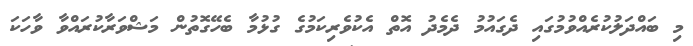
މި ބައްދަލުކުރެއްވުމުގައި ދެގައުމު ދެެމެދު އޮތް އެކުވެރިކަމުގެ ގުޅުމާ ބެހޭގޮތުން މަޝްވަރާކުރައްވާ ވާހަކަ